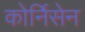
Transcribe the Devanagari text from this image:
कोर्निसेन